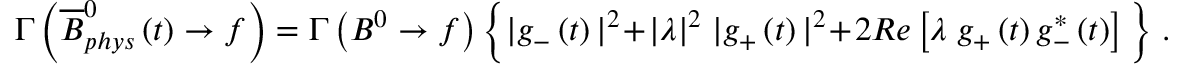
\Gamma \left( \overline { { { B } } } _ { p h y s } ^ { 0 } \left( t \right) \rightarrow f \right) = \Gamma \left( B ^ { 0 } \rightarrow f \right) \bigg \{ | g _ { - } \left( t \right) | ^ { 2 } + | \lambda | ^ { 2 } \; | g _ { + } \left( t \right) | ^ { 2 } + 2 R e \left[ \lambda \; g _ { + } \left( t \right) g _ { - } ^ { * } \left( t \right) \right] \bigg \} \; .